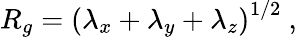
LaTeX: R_{g}=\left(\lambda_{x}+\lambda_{y}+\lambda_{z}\right)^{1/2}~,